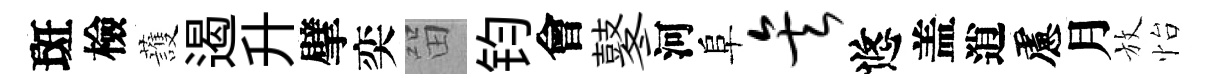
斑檢䕶遏升擘奕㽞钧會鼕河阜矣悠盖逍慮月放怡